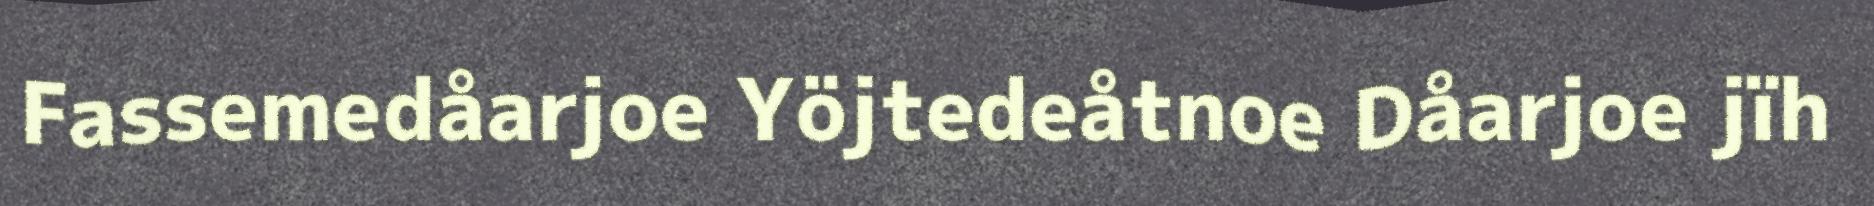
Fassemedåarjoe Yöjtedeåtnoe Dåarjoe jïh